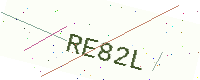
Text: RE82L